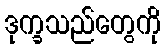
ဒုက္ခသည်တွေကို